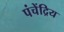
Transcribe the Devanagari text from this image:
पंचेंद्रिय